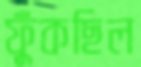
ফুঁকছিল